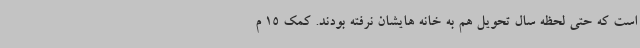
است که حتی لحظه سال تحویل هم به خانه هایشان نرفته بودند. کمک 15 م